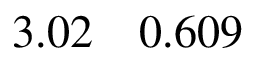
3 . 0 2 \quad 0 . 6 0 9